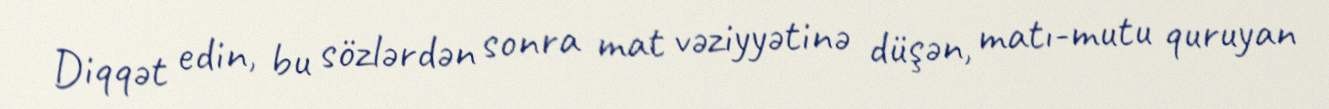
Diqqət edin, bu sözlərdən sonra mat vəziyyətinə düşən, matı-mutu quruyan